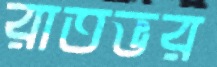
রাতভর